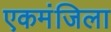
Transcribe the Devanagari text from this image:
एकमंजिला